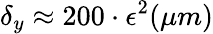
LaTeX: \delta_{y}\approx 200\cdot\epsilon^{2}(\mu m)